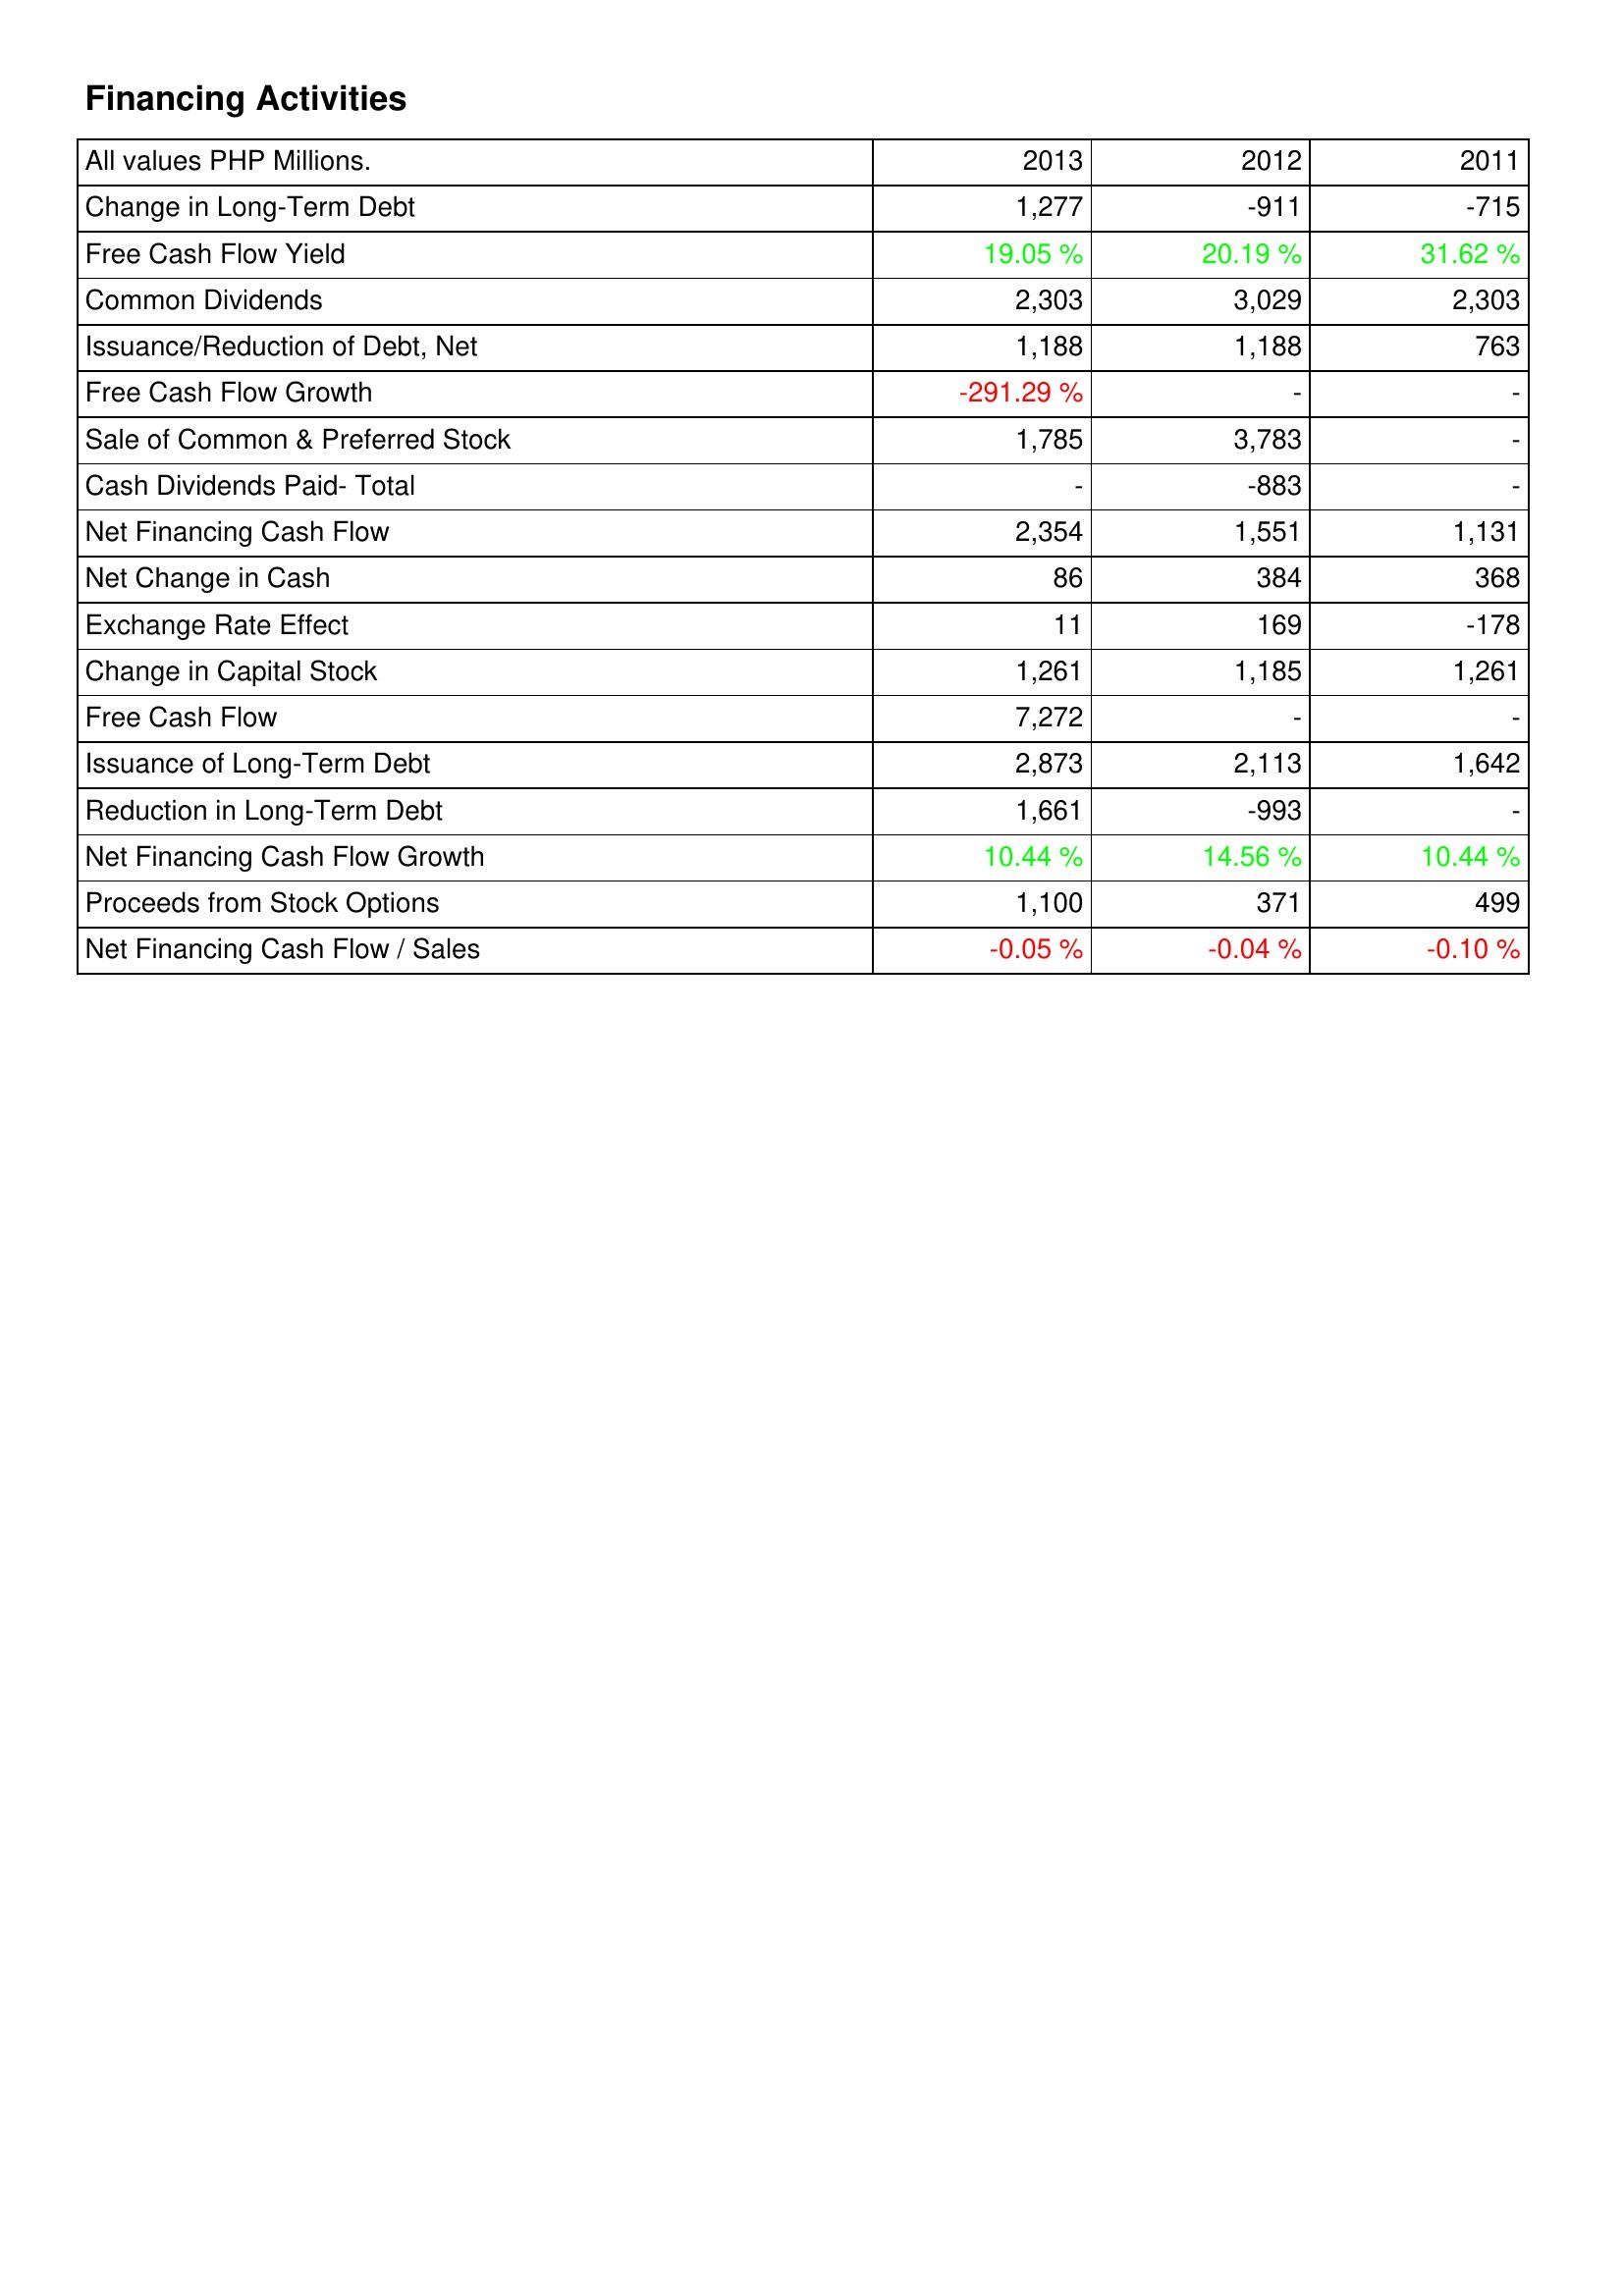
2013: Financing Activities: Change in Long-Term Debt: 1,277
Free Cash Flow Yield: 19.05 %
Common Dividends: 2,303
Issuance/Reduction of Debt, Net: 1,188
Free Cash Flow Growth: -291.29 %
Sale of Common & Preferred Stock: 1,785
Cash Dividends Paid- Total: -
Net Financing Cash Flow: 2,354
Net Change in Cash: 86
Exchange Rate Effect: 11
Change in Capital Stock: 1,261
Free Cash Flow: 7,272
Issuance of Long-Term Debt: 2,873
Reduction in Long-Term Debt: 1,661
Net Financing Cash Flow Growth: 10.44 %
Proceeds from Stock Options: 1,100
Net Financing Cash Flow / Sales: -0.05 %
2012: Financing Activities: Change in Long-Term Debt: -911
Free Cash Flow Yield: 20.19 %
Common Dividends: 3,029
Issuance/Reduction of Debt, Net: 1,188
Free Cash Flow Growth: -
Sale of Common & Preferred Stock: 3,783
Cash Dividends Paid- Total: -883
Net Financing Cash Flow: 1,551
Net Change in Cash: 384
Exchange Rate Effect: 169
Change in Capital Stock: 1,185
Free Cash Flow: -
Issuance of Long-Term Debt: 2,113
Reduction in Long-Term Debt: -993
Net Financing Cash Flow Growth: 14.56 %
Proceeds from Stock Options: 371
Net Financing Cash Flow / Sales: -0.04 %
2011: Financing Activities: Change in Long-Term Debt: -715
Free Cash Flow Yield: 31.62 %
Common Dividends: 2,303
Issuance/Reduction of Debt, Net: 763
Free Cash Flow Growth: -
Sale of Common & Preferred Stock: -
Cash Dividends Paid- Total: -
Net Financing Cash Flow: 1,131
Net Change in Cash: 368
Exchange Rate Effect: -178
Change in Capital Stock: 1,261
Free Cash Flow: -
Issuance of Long-Term Debt: 1,642
Reduction in Long-Term Debt: -
Net Financing Cash Flow Growth: 10.44 %
Proceeds from Stock Options: 499
Net Financing Cash Flow / Sales: -0.10 %